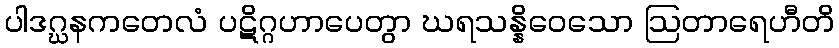
ပါဒဂ္ဃနကတေလံ ပဋိဂ္ဂဟာပေတွာ ဃရသန္နိဝေသော ဩတာရေဟီတိ